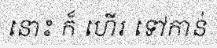
នោះ ក៏ ហើរ ទៅកាន់